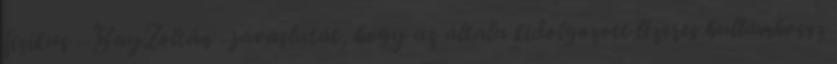
fizikus –BayZoltán –javaslatát, hogy az általa kidolgozott lézeres hullámhossz